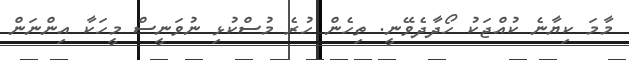
މާމަ ކިޔާނެ ކުއްޖަކު ހޯދާދެވޭނީ. ތިހެން ހުރެ މުސްކުޅި ނުވަނީސް މީހަކާ އިންނަން